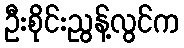
ဦးစိုင်းညွန့်လွင်က